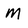
Character: M